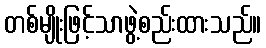
တစ်မျိုးဖြင့်သာဖွဲ့စည်းထားသည်။